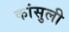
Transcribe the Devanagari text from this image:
कांसुली